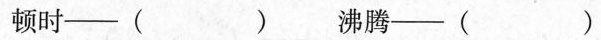
顿时--( ) 沸腾--( )